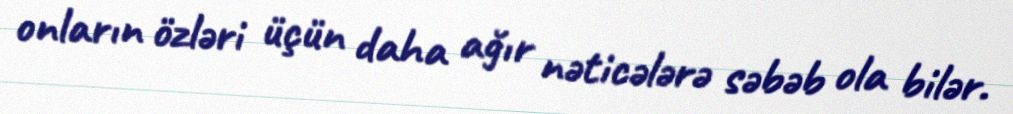
onların özləri üçün daha ağır nəticələrə səbəb ola bilər.